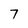
Character: 7